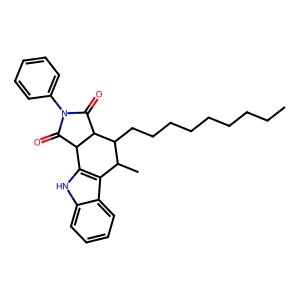
SMILES: CCCCCCCCCC1C(C)c2c([nH]c3ccccc23)C2C(=O)N(c3ccccc3)C(=O)C21
Inhibits HIV replication: No